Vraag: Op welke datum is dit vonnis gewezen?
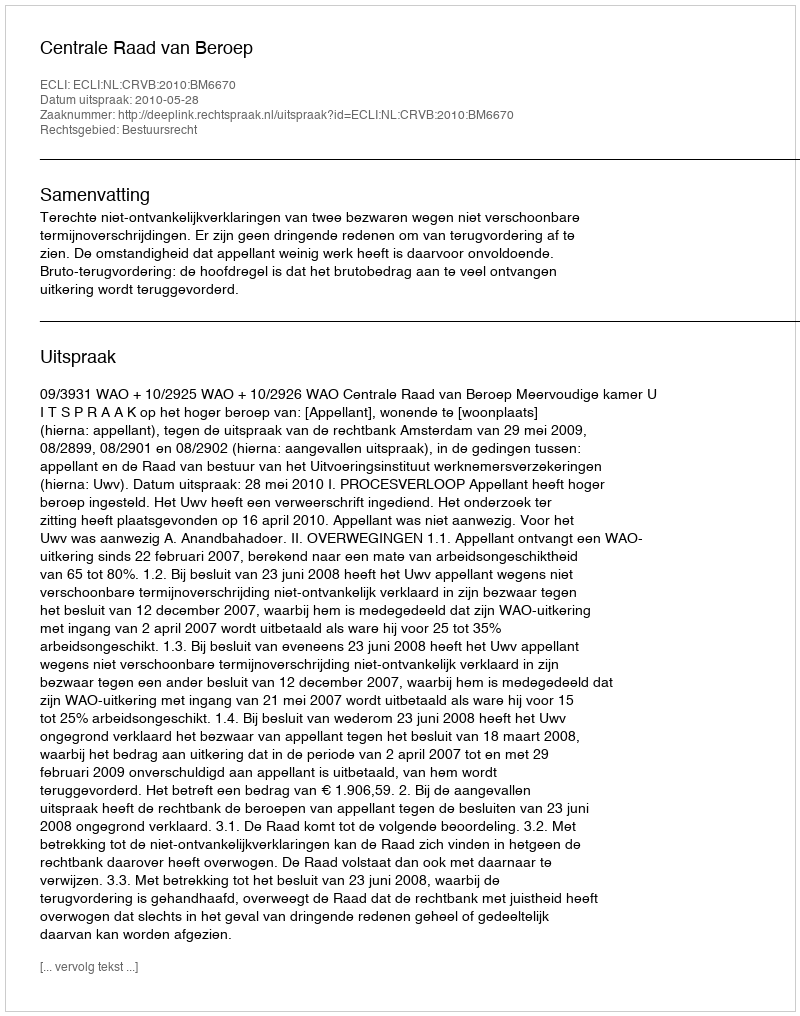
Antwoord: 2010-05-28